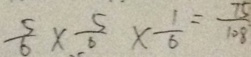
\frac { 5 } { 6 } \times \frac { 5 } { 5 } \times \frac { 1 } { 6 } = \frac { 7 5 } { 1 0 8 }